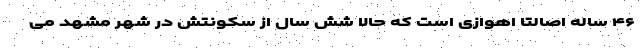
۴۶ ساله اصالتا اهوازی است که حالا شش سال از سکونتش در شهر مشهد می